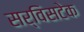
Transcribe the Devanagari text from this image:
सर्विसटेक